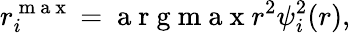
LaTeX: r_{i}^{\mathrm{~m~a~x~}}=\mathrm{~a~r~g~m~a~x~}r^{2}\psi_{i}^{2}(r),